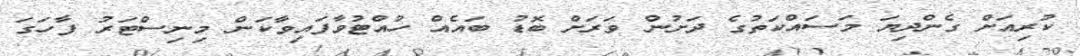
ކުރިއަށް ގެންދިޔަ މަސައްކަތުގެ ދަށުން ވަރަށް ބޮޑު ބައެއް ހުއްޓުވާފައިވާކަން މިނިސްޓަރު ފާހަގަ